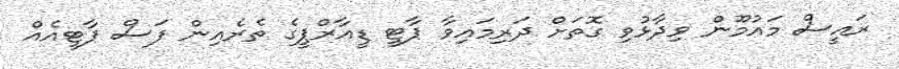
ރައީސް މައުމޫން ވިދާޅުވި ގޮތަށް ދަރިމައިވާ ޕާޓީ ޑީއާރްޕީގެ ތެރެއިން ފަސް ޕާޓީއެއް